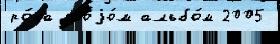
ро́ка своjо́м альбо́м 2005